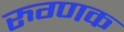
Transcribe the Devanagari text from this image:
रुग्णक